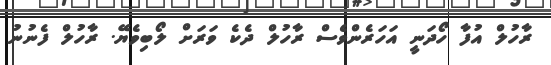
ރާހުލް އުފާ ހޯދަނީ އަހަރެންވެސް ރާހުލް ދެކެ ވަރަށް ލޯބިވެޔޭ. ރާހުލް ފެނުނު